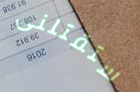
ستقتلنى